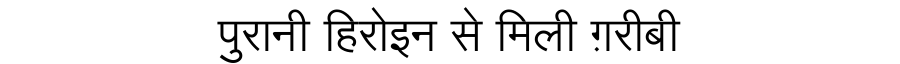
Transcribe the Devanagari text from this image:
पुरानी हिरोइन से मिली ग़रीबी